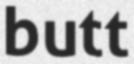
butt